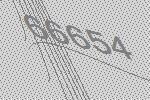
66654